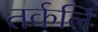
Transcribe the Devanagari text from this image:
तर्कर्लि